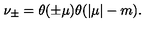
\nu _ { \pm } = \theta ( \pm \mu ) \theta ( | \mu | - m ) .